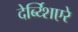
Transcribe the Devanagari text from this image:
देर्ब्य्शिएरे